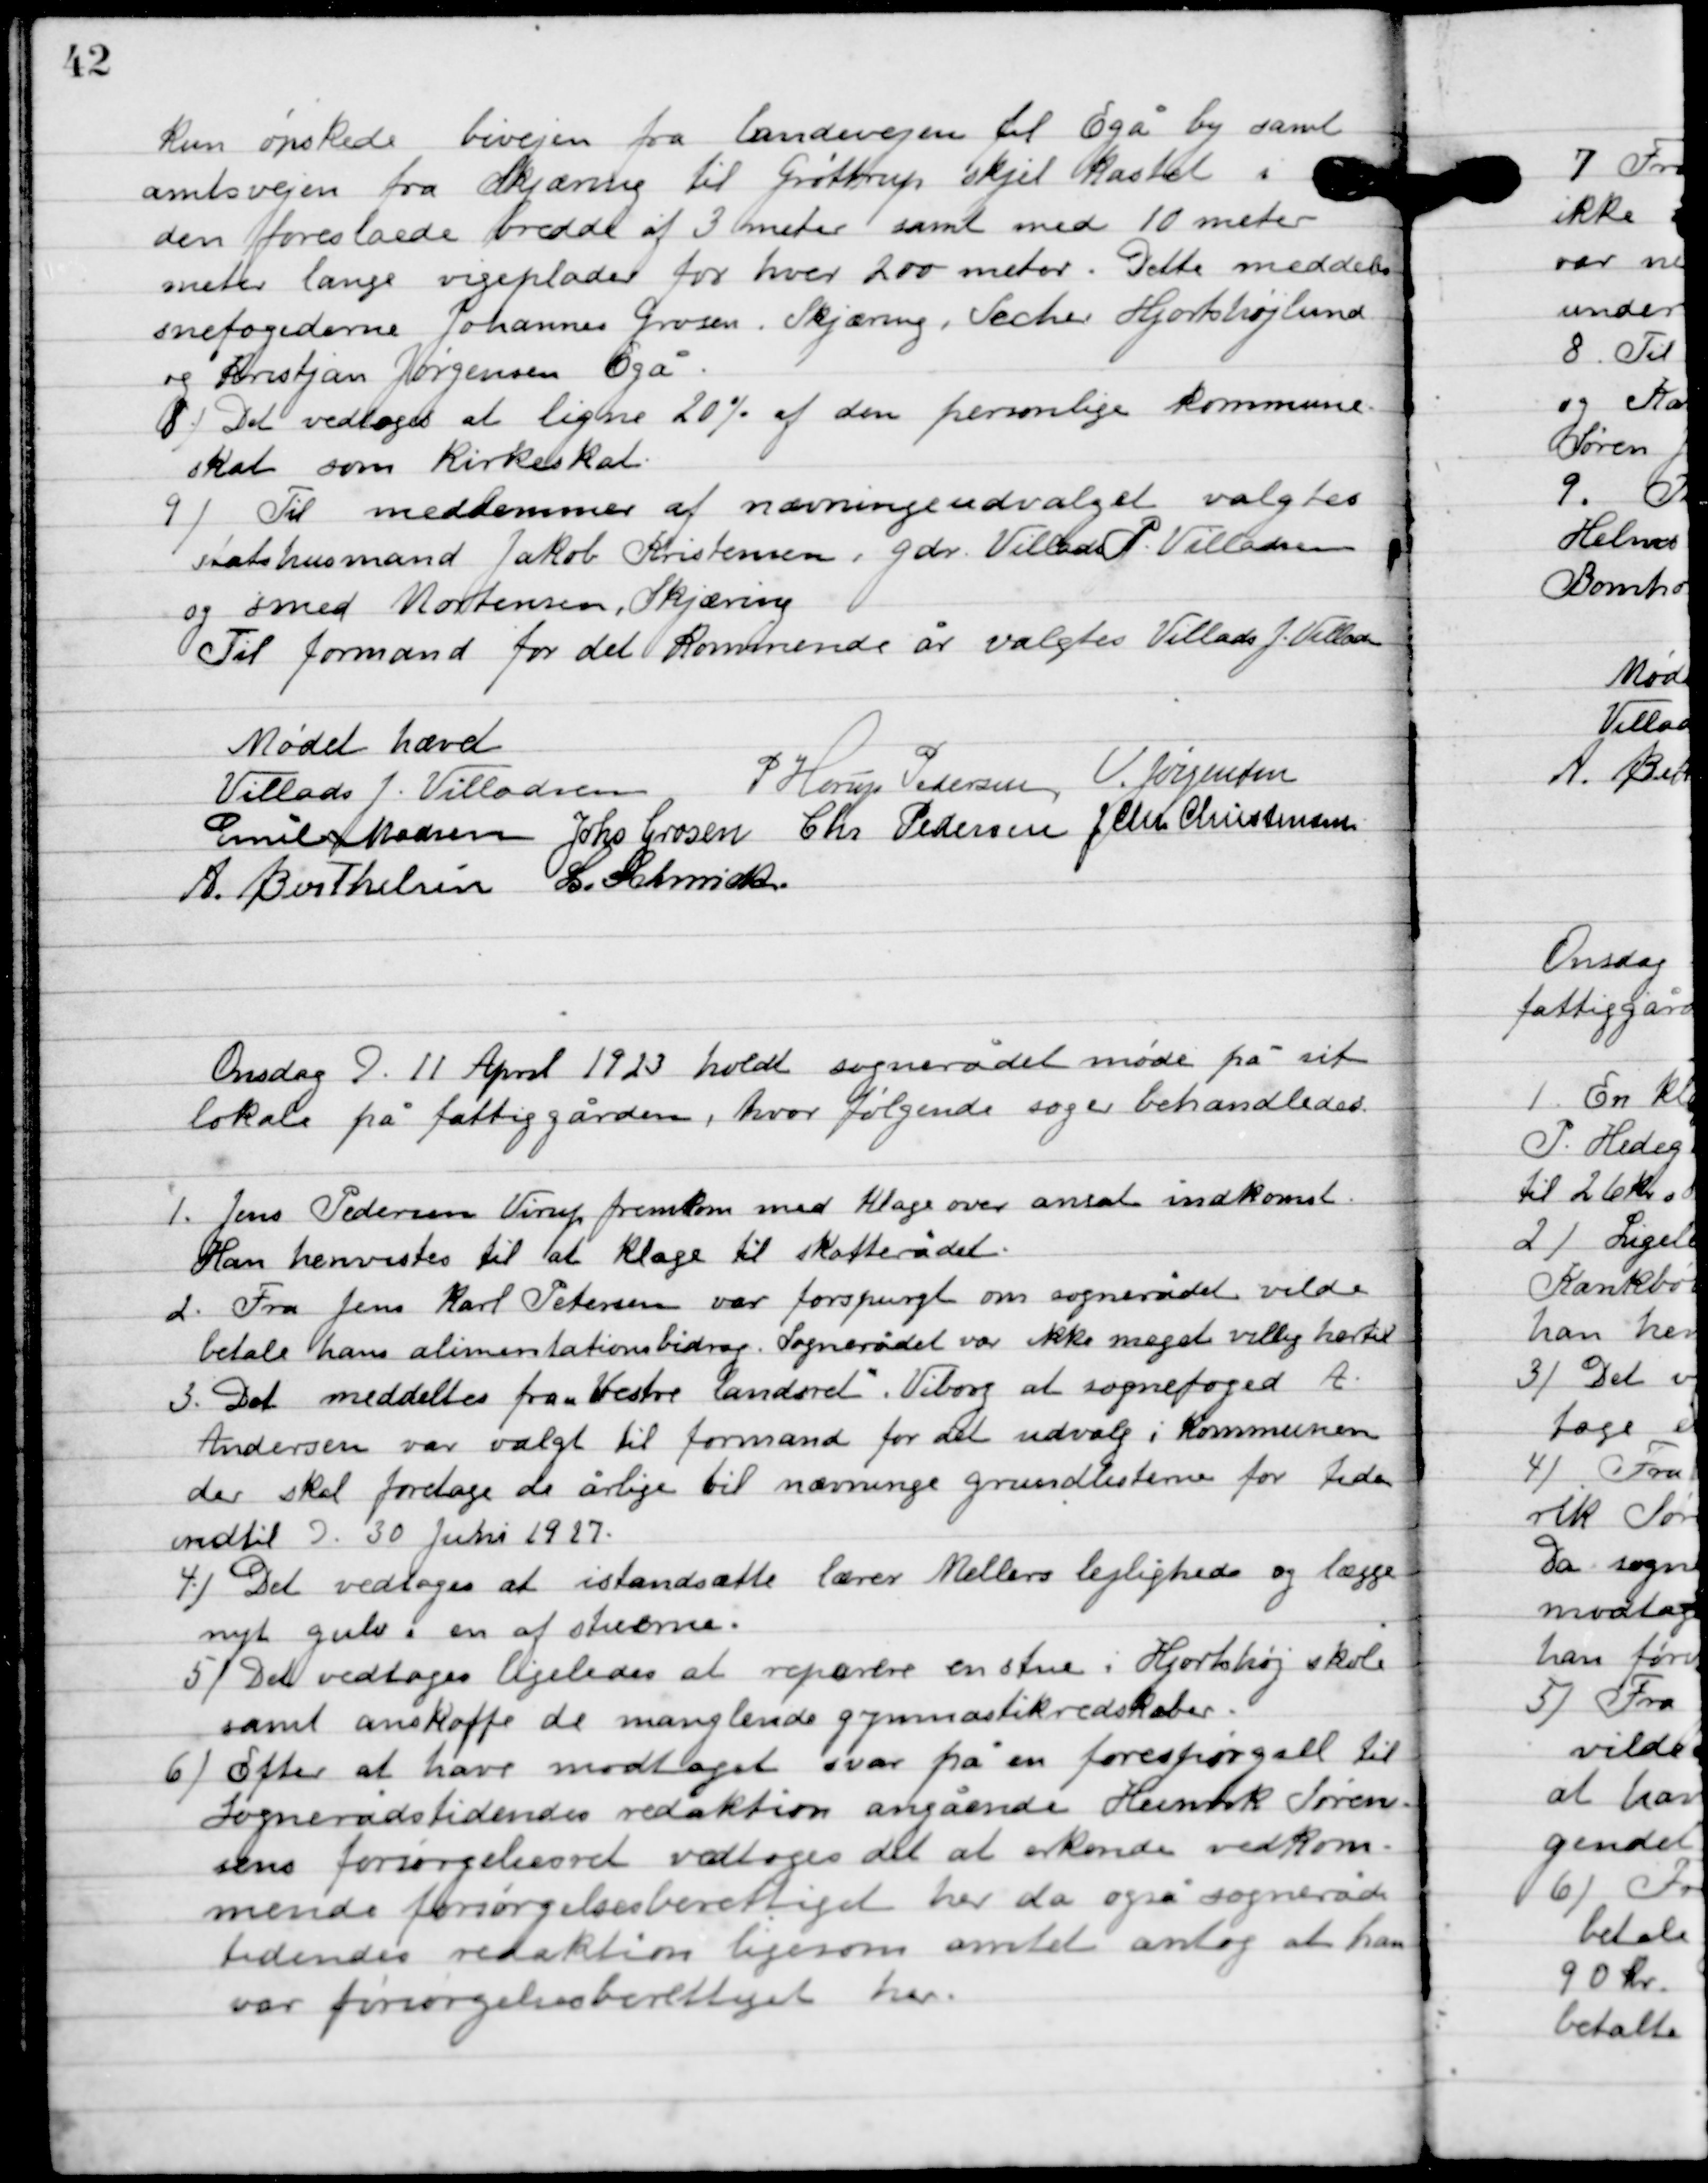
Transskription:
kun ønskede bivejen fra landevejen til Egå by samt
amtsvejen fra Skjæring til Grøttrup skjel kastet i
 den foreslåede brede af 3 meter samt med 10 meter
meter langs vigeplader for hver 200 meter. Dette meddeles
snefogederne Johannes Grosen, Skjæring, Secher Hjortshøjlund
og Kristian Jørgensen Egå.

8

Det vedtoges at ligne 20 % af den personlige kommune-
skat som kirkeskat.

9

Til medlemmer af nævningeudvalget valgtes
statshusmand Jakob Kristensne i gdr. Vilads P. Villadsen
og smed Mortensen, Skjæring.
Til formand for det kommende år vagtes Villads J. Villadsen.

Mødet hævet

Villads J. Villadsen
P. Horup Pedersen
V. Jørgensen
 Emil Madsen
Johs. Grosen
Chr. Pedersen
J. Chr. Christensen
A. Berthelsen
L. Schmidt

Tirsdag D. 11. April 1923 holdt sognerådet møde sit
 lokalet på fattiggården, hvor følgende sager behandledes:

1

Jens Pedersen Virup fremkom med klage over ansat indkomst.
Han henvistes til at klage til skatterådet.

2

Fra Jens Karl Petersen var forespurgt om sognerådet vilde
betale hans alimentationsbidrag. Sognerådet var ikke meget villig hertil.

3

Det meddeltes fra ”Venstre landsret”, Viborg at sognefoged A. 
Andersen var valgt til formand for det udvalg i kommunen 
der skal foretage de årlige til nævninge grundlisterne for tiden 
indtil d. 30. Juni 1927.

4

Det vedtoges at istandsætte lærer Mellers lejlighed og lægge
nyt gulv i en af stuerne.

5

Det vedtoges ligeledes at reparer en stue i Hjortshøj skole
samt anskaffe de manglende gymnastikredskaber.

6

Efter at have modtaget svar på en forespørgsel til
sognerådstidendes reaktion angående Henrik Sørensen-
sen forsørgelsesret vedtoges det at erkende vedkom-
mende forsørgelse berettiget her da også sognerådets
tidendes reaktion ligesom amtet antog at han
var forsørgelsesberettiget her.